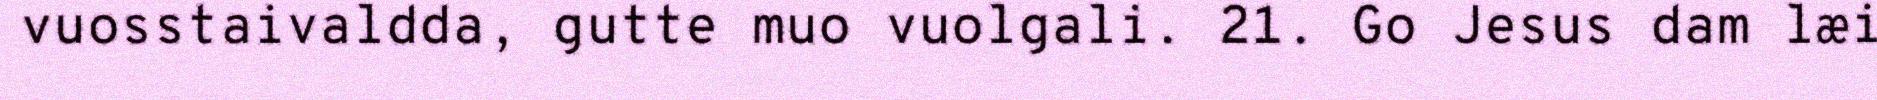
vuosstaivaldda, gutte muo vuolgali. 21. Go Jesus dam læi